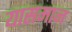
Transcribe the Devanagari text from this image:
यासमान